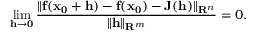
\operatorname* { l i m } _ { \mathbf { h } \to \mathbf { 0 } } { \frac { \| \mathbf { f } ( \mathbf { x _ { 0 } } + \mathbf { h } ) - \mathbf { f } ( \mathbf { x _ { 0 } } ) - \mathbf { J } \mathbf { ( h ) } \| _ { \mathbf { R } ^ { n } } } { \| \mathbf { h } \| _ { \mathbf { R } ^ { m } } } } = 0 .